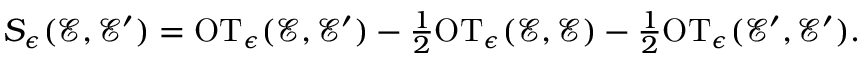
\begin{array} { r } { S _ { \epsilon } ( \mathcal { E } , \mathcal { E } ^ { \prime } ) = \mathrm { O T } _ { \epsilon } ( \mathcal { E } , \mathcal { E } ^ { \prime } ) - \frac { 1 } { 2 } \mathrm { O T } _ { \epsilon } ( \mathcal { E } , \mathcal { E } ) - \frac { 1 } { 2 } \mathrm { O T } _ { \epsilon } ( \mathcal { E } ^ { \prime } , \mathcal { E } ^ { \prime } ) . } \end{array}